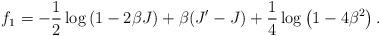
LaTeX: \begin{align*}f_{1}= -\frac{1}{2} \log\left(1- 2\beta J\right) + \beta(J'- J) + \frac{1}{4}\log\left(1- 4\beta^2\right).\end{align*}